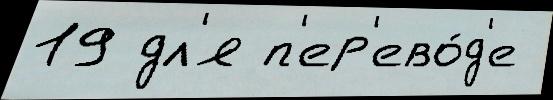
19 дл'я п'ер'ево́д'е